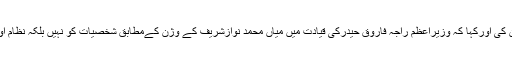
مشتاق منہاس نےاپنی حکومت کی کارکردگی بیان کی اورکہا کہ وزیراعظم راجہ فاروق حیدرکی قیادت میں میاں محمد نوازشریف کے وژن کےمطابق شخصیات کو نہیں بلکہ نظام اور اداروں کو مضبوط کرنے کی راہ پرگامزن ہیں۔